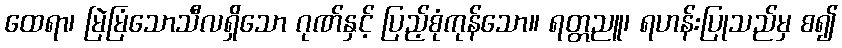
ထေရာ၊ မြဲမြံသောသီလရှိသော ဂုဏ်နှင့် ပြည့်စုံကုန်သော။ ရတ္တညူ၊ ရဟန်းပြုသည်မှ စ၍